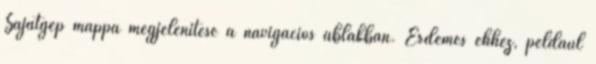
Sajátgép mappa megjelenítése a navigációs ablakban. Érdemes ehhez, például